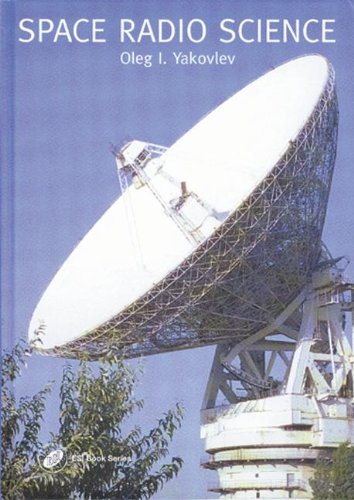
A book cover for Space Radio Science (Earth Space Institute Book Series); O.I. Yakovlev; Science & Math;